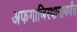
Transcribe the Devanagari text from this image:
अफगाणिस्थानापर्यंत